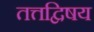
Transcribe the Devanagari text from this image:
तत्तद्विषय